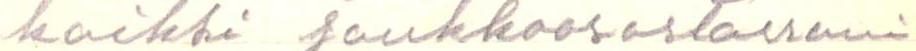
kaikki joukkoosastossani